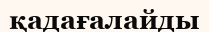
қадағалайды